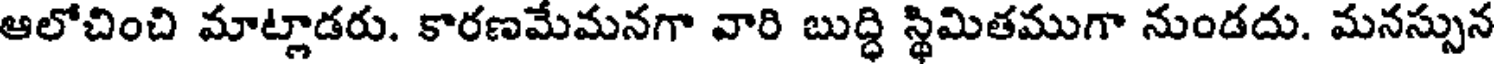
ఆలోచించి మాట్లాడరు. కారణమేమనగా వారి బుద్ధి స్థిమితముగా నుండదు. మనస్సున